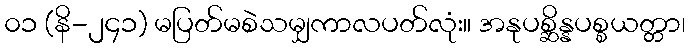
၀၁ (နိ-၂၄၁) မပြတ်မစဲသမျှကာလပတ်လုံး။ အနုပစ္ဆိန္နပစ္စယတ္တာ၊